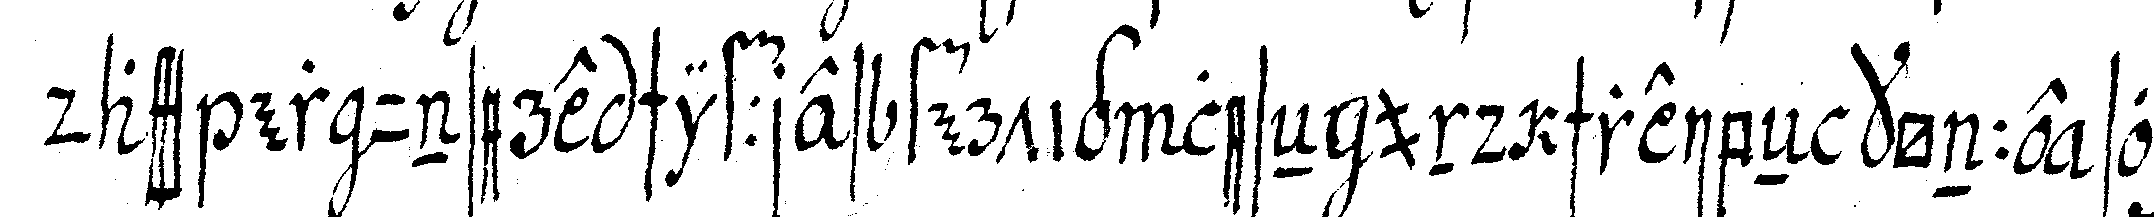
dass er unsere schiffres fertig leseNnund schreibeN könne son